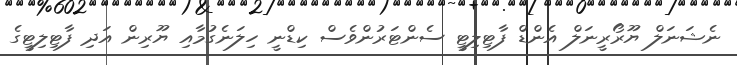
ނެޝަނަލް ޔޫރޯރީނަލް އެންޑް ފާޓިލިޓީ ސެންޓަރުންވެސް ކިޑްނީ ހިލަނެގުމާއި ޔޫރިން އަދި ފާޓިލިޓީގެ